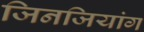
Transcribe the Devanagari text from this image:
जिनजियांग